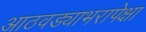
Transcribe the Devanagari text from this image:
आठवड्याभरापेक्षा